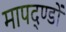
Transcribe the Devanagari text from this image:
मापद्ण्डों